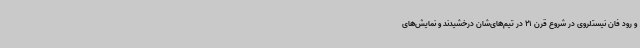
و رود فان نیستلروی در شروع قرن 21 در تیم‌های‌شان درخشیدند و نمایش‌های